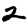
Digit: 2